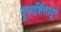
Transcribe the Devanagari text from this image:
दूरदर्शितापूर्ण